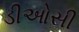
ડીઓસી